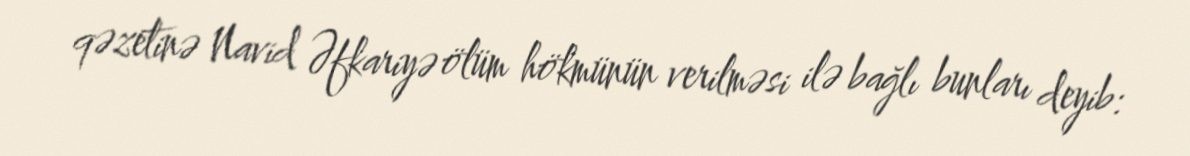
qəzetinə Navid Əfkariyə ölüm hökmünün verilməsi ilə bağlı bunları deyib: